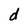
Character: d